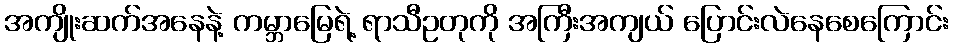
အကျိုးဆက်အနေနဲ့ ကမ္ဘာမြေရဲ့ ရာသီဥတုကို အကြီးအကျယ် ပြောင်းလဲနေစေကြောင်း